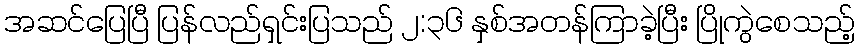
အဆင်ပြေပြီ ပြန်လည်ရှင်းပြသည် ၂:၃၆ နှစ်အတန်ကြာခဲ့ပြီး ပြိုကွဲစေသည့်